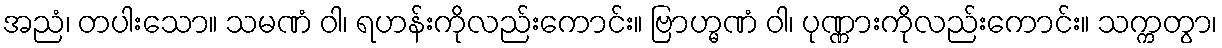
အညံ၊ တပါးသော။ သမဏံ ဝါ၊ ရဟန်းကိုလည်းကောင်း။ ဗြာဟ္မဏံ ဝါ၊ ပုဏ္ဏားကိုလည်းကောင်း။ သက္ကတွာ၊